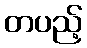
တပည့်